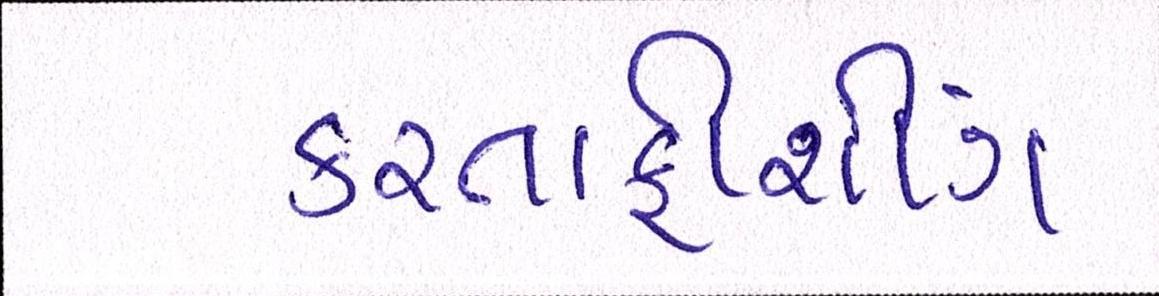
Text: કરતાફીશીંગ